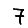
Digit: 7